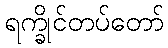
ရက္ခိုင်တပ်တော်